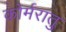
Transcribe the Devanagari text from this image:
कोर्मरातु